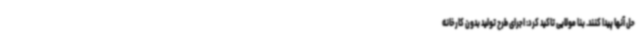
حل آنها پیدا کنند. بنا مولایی تاکید کرد: اجرای طرح تولید بدون کارخانه